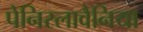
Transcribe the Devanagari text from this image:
पेनिस्लावैनिया